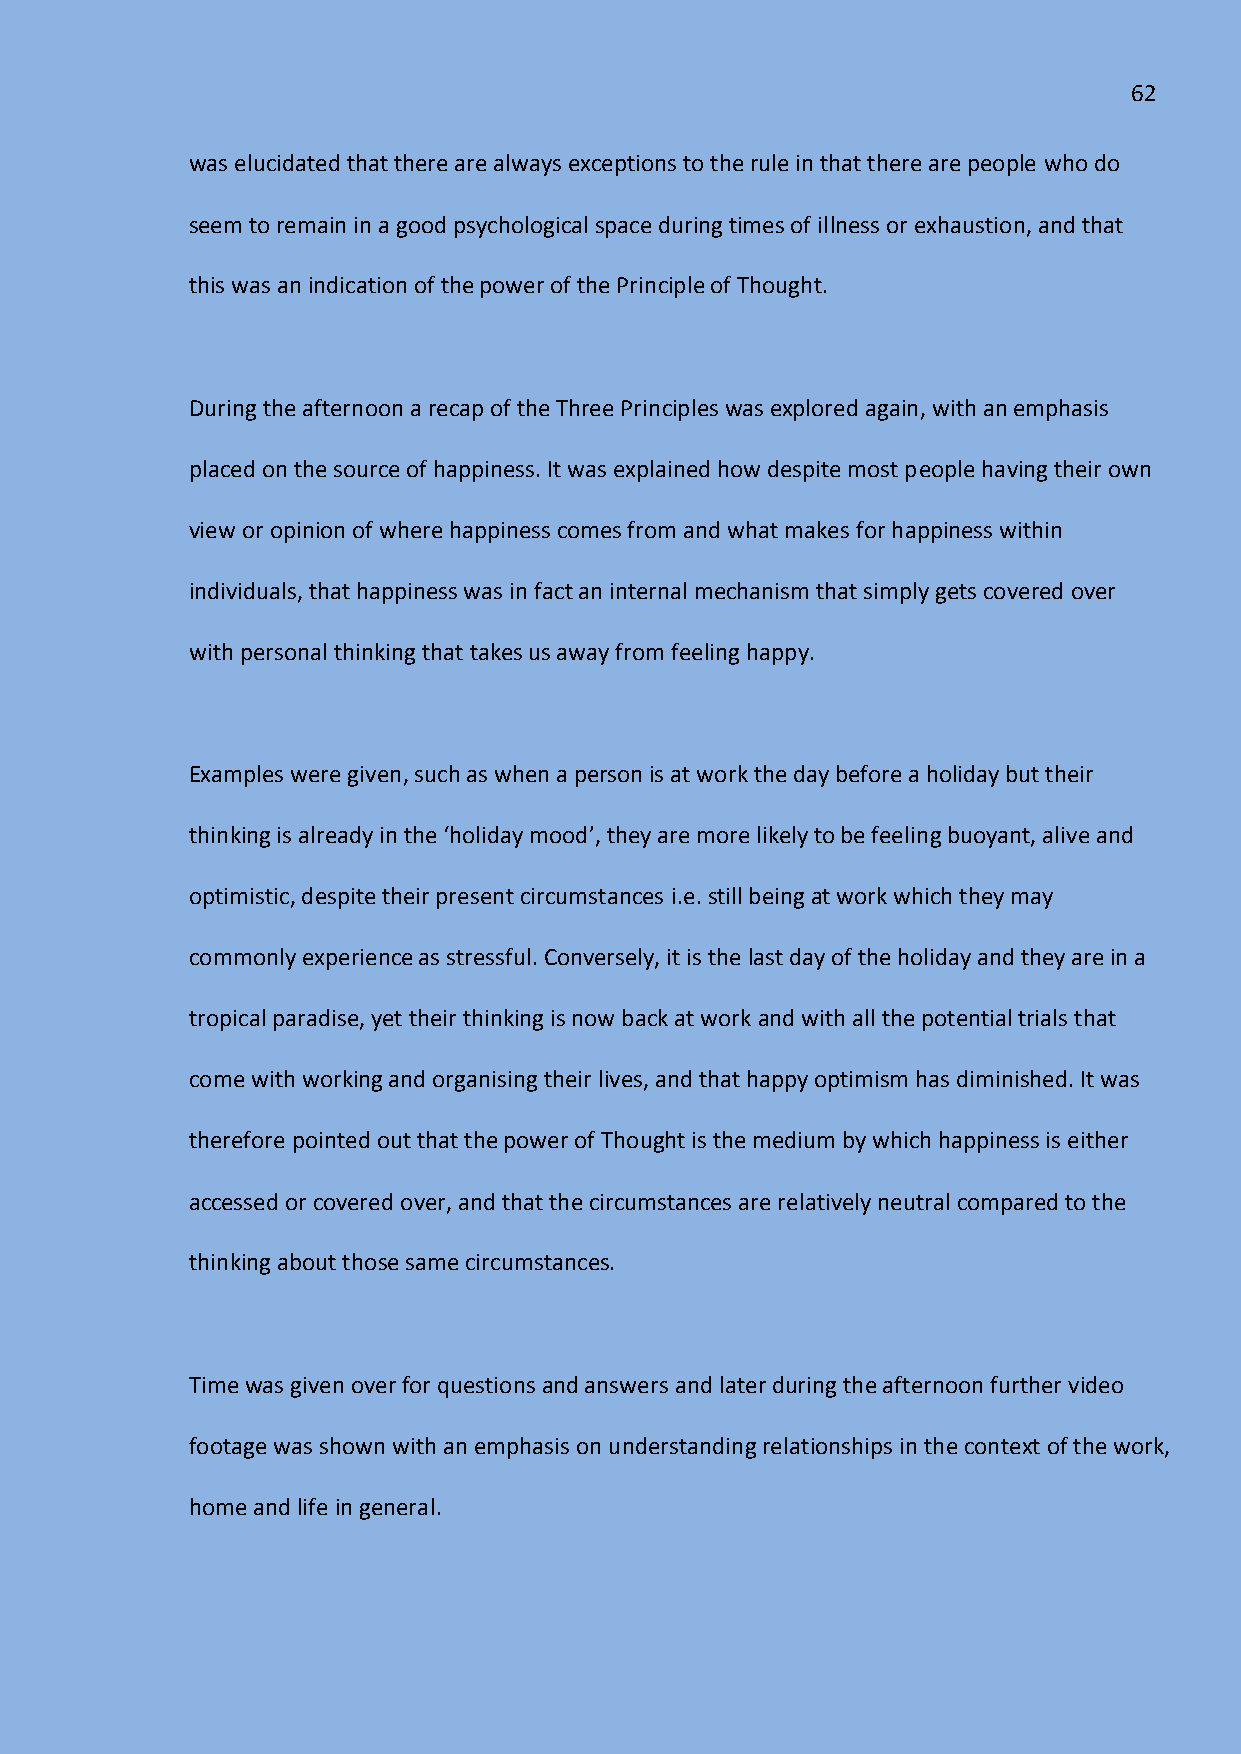
62
 was elucidated that there are always exceptions to the rule in that there are people who do
 seem to remain in a good psychological space during times of illness or exhaustion, and that
 this was an indication of the power of the Principle of Thought.
 During the afternoon a recap of the Three Principles was explored again, with an emphasis
 placed on the source of happiness. It was explained how despite most people having their own
 view or opinion of where happiness comes from and what makes for happiness within
 individuals, that happiness was in fact an internal mechanism that simply gets covered over
 with personal thinking that takes us away from feeling happy.
 Examples were given, such as when a person is at work the day before a holiday but their
 thinking is already in the ‘holiday mood’, they are more likely to be feeling buoyant, alive and
 optimistic, despite their present circumstances i.e. still being at work which they may
 commonly experience as stressful. Conversely, it is the last day of the holiday and they are in a
 tropical paradise, yet their thinking is now back at work and with all the potential trials that
 come with working and organising their lives, and that happy optimism has diminished. It was
 therefore pointed out that the power of Thought is the medium by which happiness is either
 accessed or covered over, and that the circumstances are relatively neutral compared to the
 thinking about those same circumstances.
 Time was given over for questions and answers and later during the afternoon further video
 footage was shown with an emphasis on understanding relationships in the context of the work,
 home and life in general.